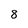
Character: 8